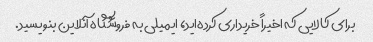
برای کالایی که اخیراً خریداری کرده‌اید، ایمیلی به فروشگاه آنلاین بنویسید.